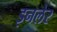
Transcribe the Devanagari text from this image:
इनलेर